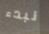
نبدء